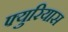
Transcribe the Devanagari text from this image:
फ्युरियास